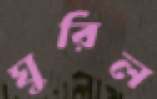
ঘুরিল